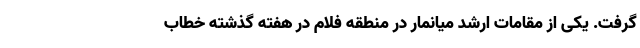
گرفت. یکی از مقامات ارشد میانمار در منطقه فلام در هفته گذشته خطاب